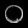
Digit: ၀